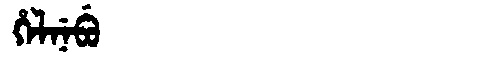
Manchu: ᡥᡝᠯᠨᡝᠪᡠ
Romanization: HELNEBU